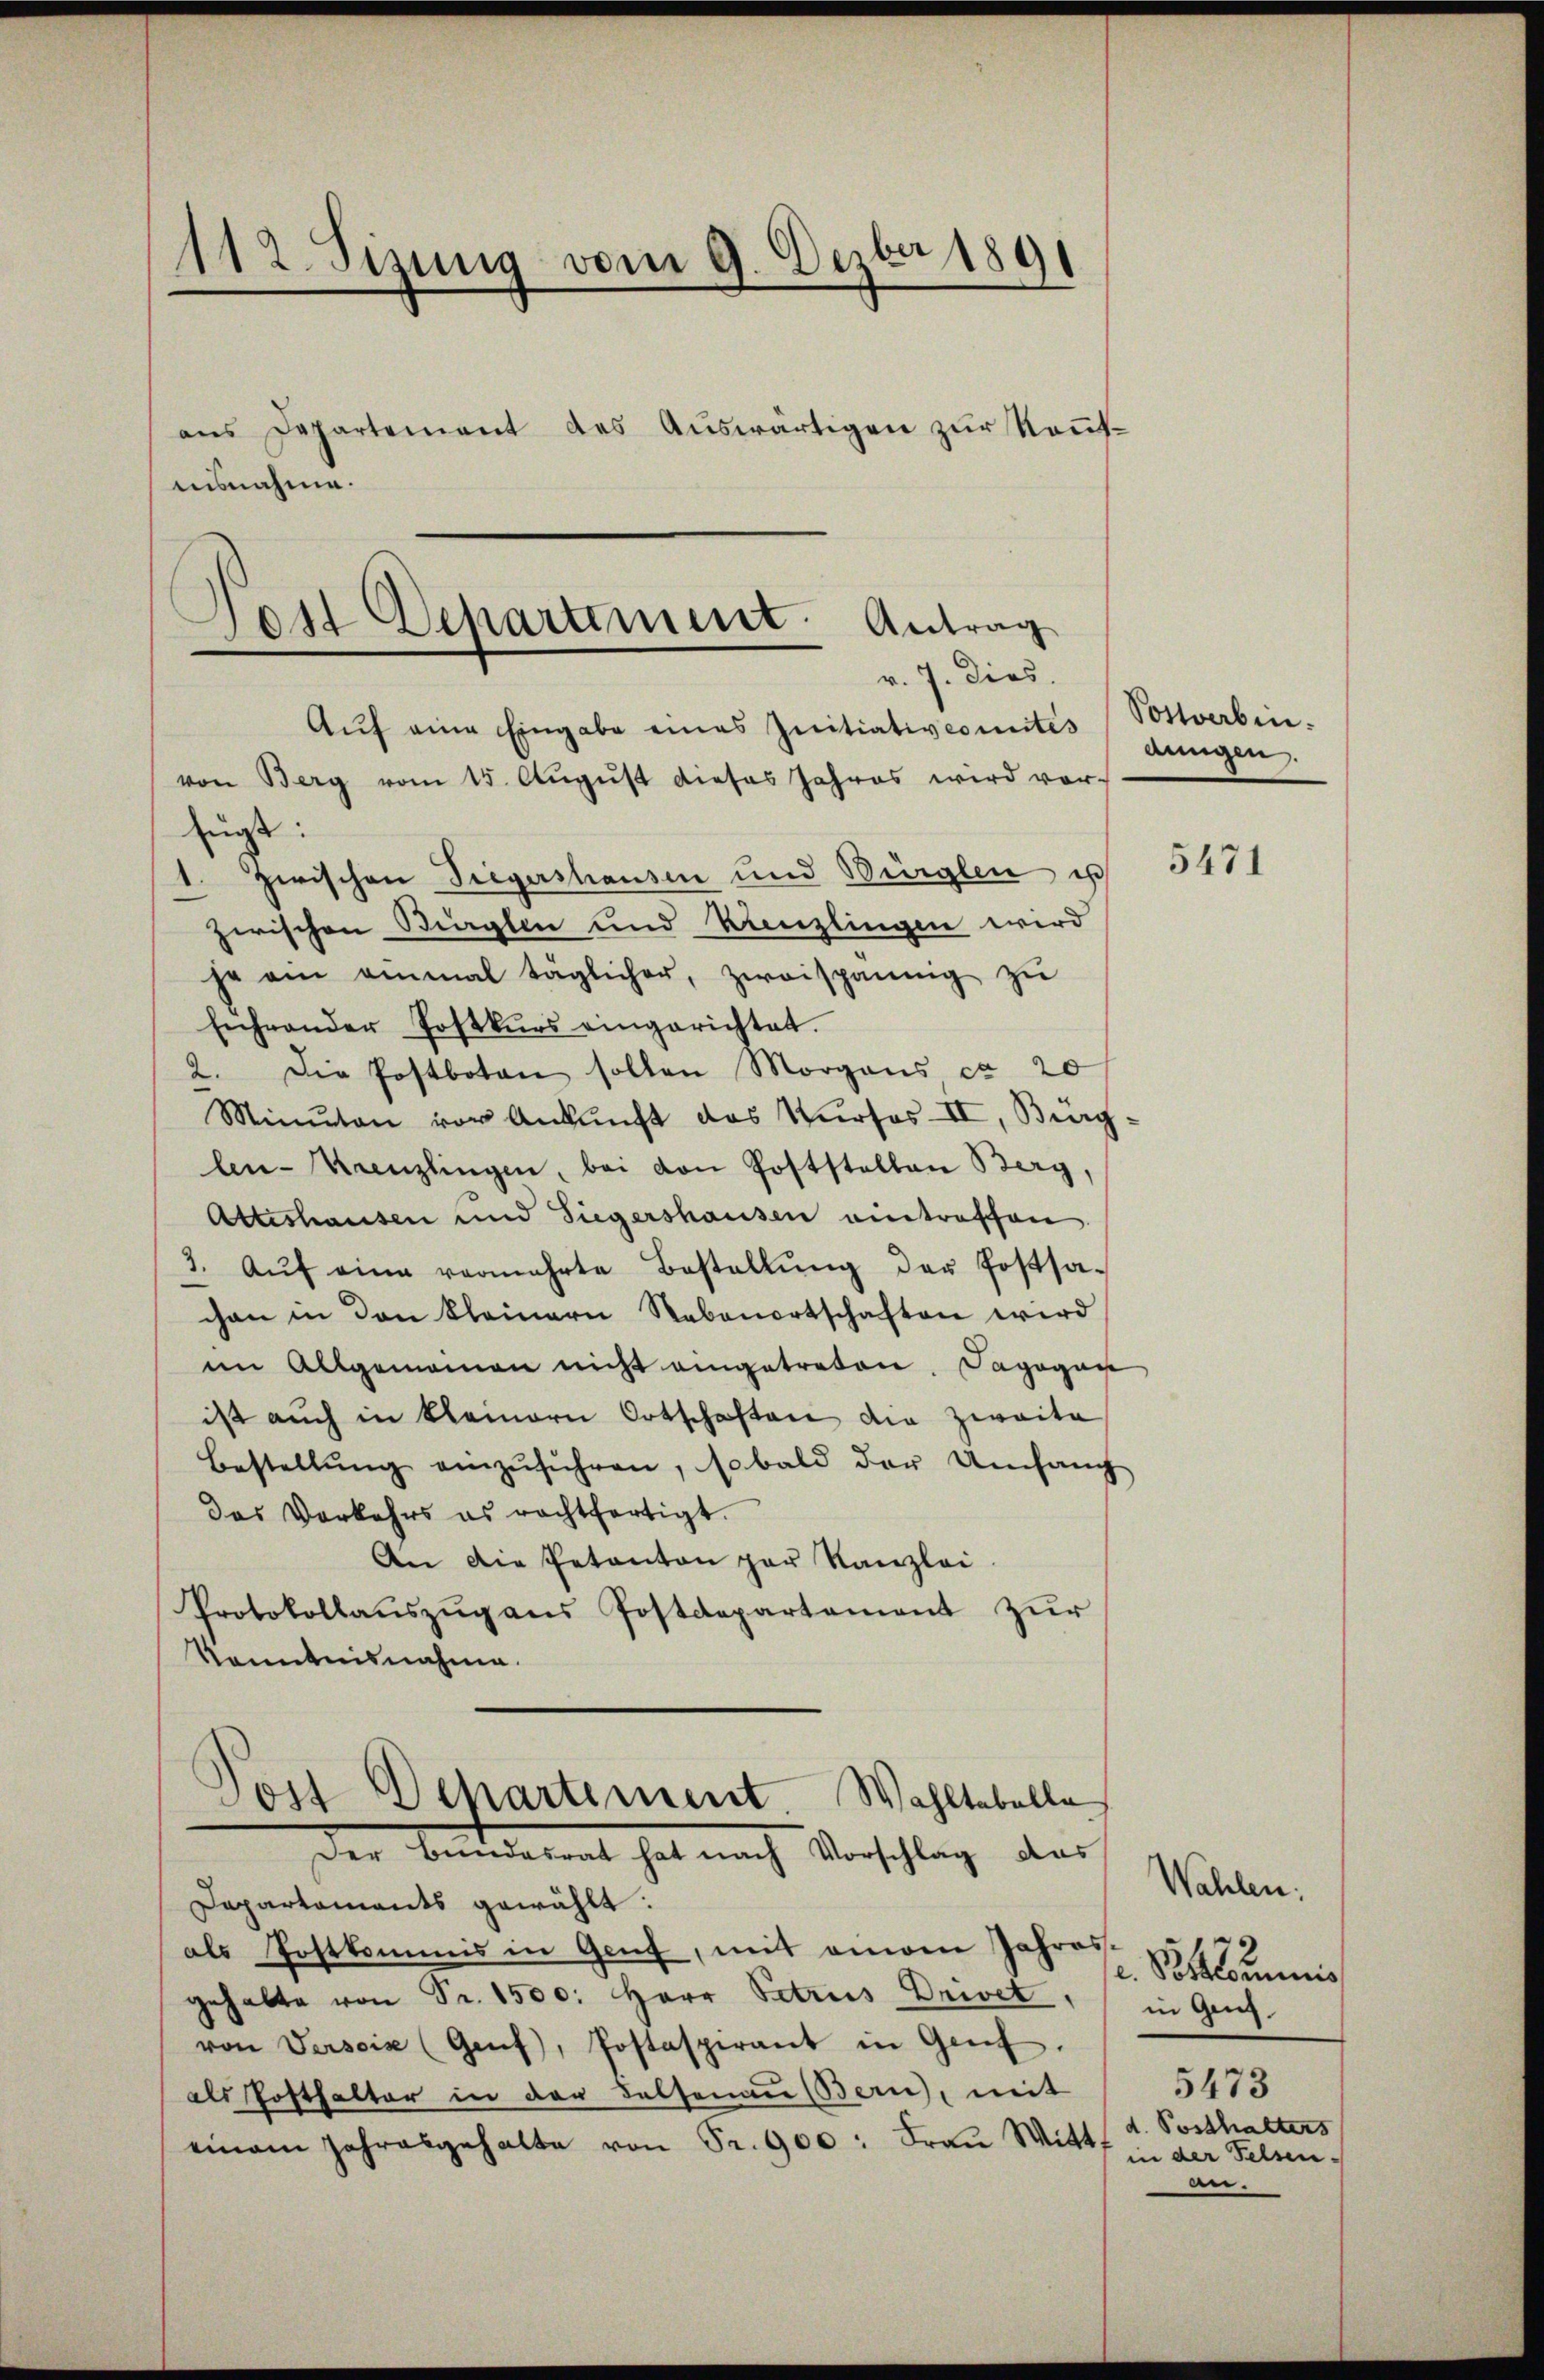
112. Sizung vom 9. Dezbr 1891
aus Departement des Auswärtigen zur Neufausnahme.

Jost Departement. Antrag
v. 7. dies.
Aŭf eine Eingabe eines Initiativcomités

von Berg vom 15. Aŭgŭst dieses Jahres wird vor-
fügt:
zwischen Siegershausen und Würglen es
zwischen Bieglen und Kanzlingen wird
je ein einmal taglicher, zweispaning zŭ
Eicheander Postkŭrs eingerichtet.
2. Die Postboten sollen Morgans, ca 20
Minuten vor Ankunft des Kŭrsos II, Bierglen-Kanzlingen, bei von Poststellen Berg,
Atteshausen und Siegershausen entreffen
3. Aŭf eine vermehrte Bestellŭng der Postsa-
chen in den kleinern Rebenortschaften wird
im Allgemeinen nicht eingetreten. Dagegen
ist auch in kleinern Ortschaften die Zwaite
Bestellŭng einzŭführen, sobald der Umfang
das Verkehrs es rechtfertigt.
An die Petanton par Kanzlei
Protokollaŭszŭg aŭs Postdepartement zŭr
Kenntnisnahme.

Post Departement. Wahltabelle
Der Bundesrat hat nach Vorschlag aus

Departaments gewählt:
als Postkommis in Genf, mit einen Jahres-
gehalte von Fr. 1500. Herr Petrus Driet,
von Versoix (Genf, Postaspirant in Genf.
als Posthalter in der Felsenau (Bern, mit
einem Jahresgehalte von Fr. 900: Fraŭ Witt,

Postverben.
dungen.

5471

Wahlen.
c. Postkommnis
in Genf.
5473
d. Posthalters
in der Felsen.
an.